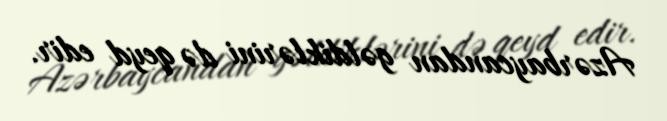
Azərbaycandan gəldiklərini də qeyd edir.